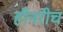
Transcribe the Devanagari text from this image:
हीनरीच